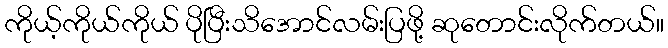
ကိုယ့်ကိုယ်ကိုယ် ပိုပြီးသိအောင်လမ်းပြဖို့ ဆုတောင်းလိုက်တယ်။